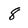
Character: 8